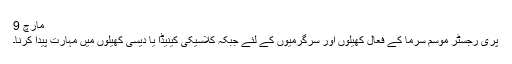
مارچ 9
پری رجسٹر موسم سرما کے فعال کھیلوں اور سرگرمیوں کے لئے جبکہ کلاسیکی کینیڈا یا دیسی کھیلوں میں مہارت پیدا کرنا۔